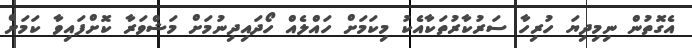
އެގޮތުން ނިމިދިޔަ ހުރިހާ ސަރުކާރުތަކާއެކު މިކަމަށް ހައްލެއް ހޯދައިދިނުމަށް މަޝްވަރާ ކޮށްފައިވާ ކަމަށް